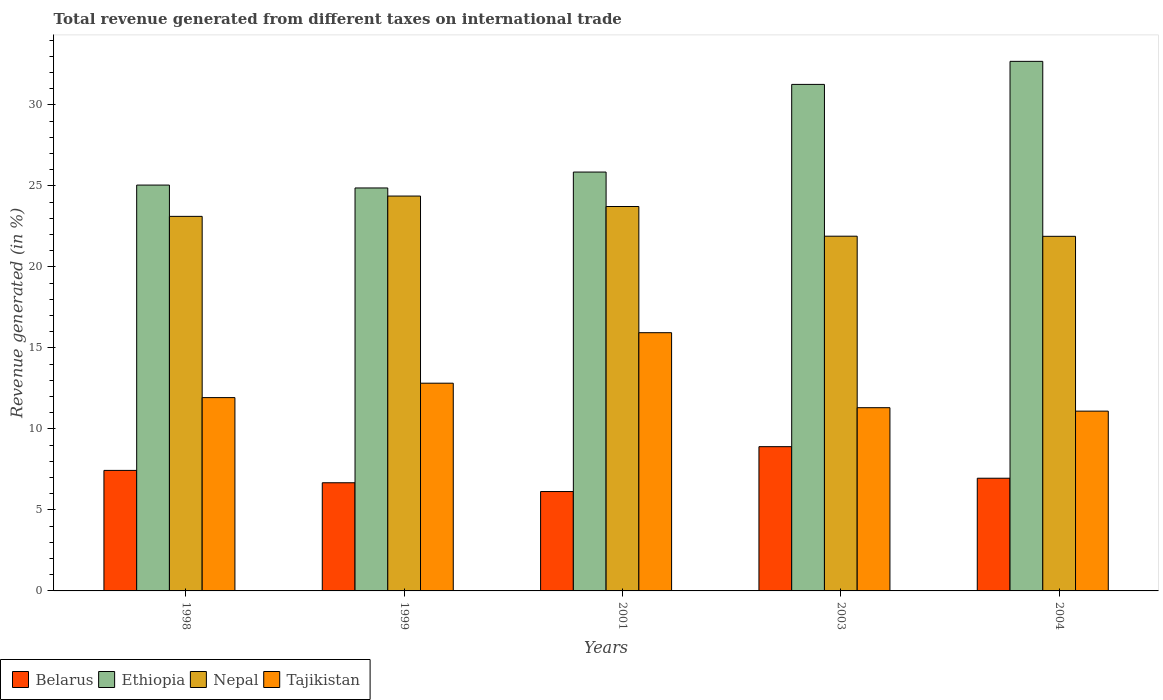
| Years | Belarus | Ethiopia | Nepal | Tajikistan |
 | --- | --- | --- | --- | --- |
 | 1998 | 7.44 | 25.1 | 23.1 | 11.9 |
 | 1999 | 6.68 | 24.9 | 24.4 | 12.8 |
 | 2001 | 6.13 | 25.9 | 23.7 | 15.9 |
 | 2003 | 8.9 | 31.3 | 21.9 | 11.3 |
 | 2004 | 6.96 | 32.7 | 21.9 | 11.1 |